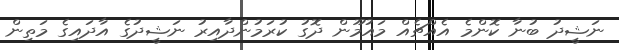
ނަޝީދު ބުނާ ކޮންމެ އެއްޗެއް މައުމޫން ދޮގު ކުރަމުންދާއިރު ނަޝީދުގެ އާދައިގެ މަތިން